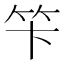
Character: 笇